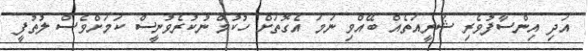
އަދި އިންސާފުވެރި ޝަރީއަތެއް ބޭއްވި ނަމަ އެގޮތަށް ހުކުމް ނުކުރެވުނީސް ކަމަށްވެސް ލުތުފީ